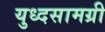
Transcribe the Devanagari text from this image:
युध्दसामग्री